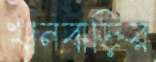
খানবাড়ির